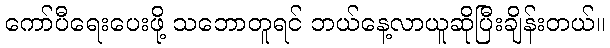
ကော်ပီရေးပေးဖို့ သဘောတူရင် ဘယ်နေ့လာယူဆိုပြီးချိန်းတယ်။